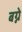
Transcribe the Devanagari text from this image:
बग्ने